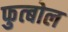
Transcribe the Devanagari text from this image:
फुत्बोल